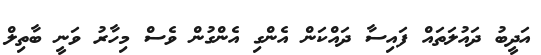
އަދީބު ދައުލަތައް ފައިސާ ދައްކަން އެންގި އެންގުން ވެސް މިހާރު ވަނީ ބާތިލް